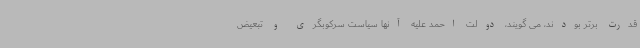
قدرت برتر بودند، می گویند، دولت احمد علیه آنها سیاست سرکوبگری و تبعیض